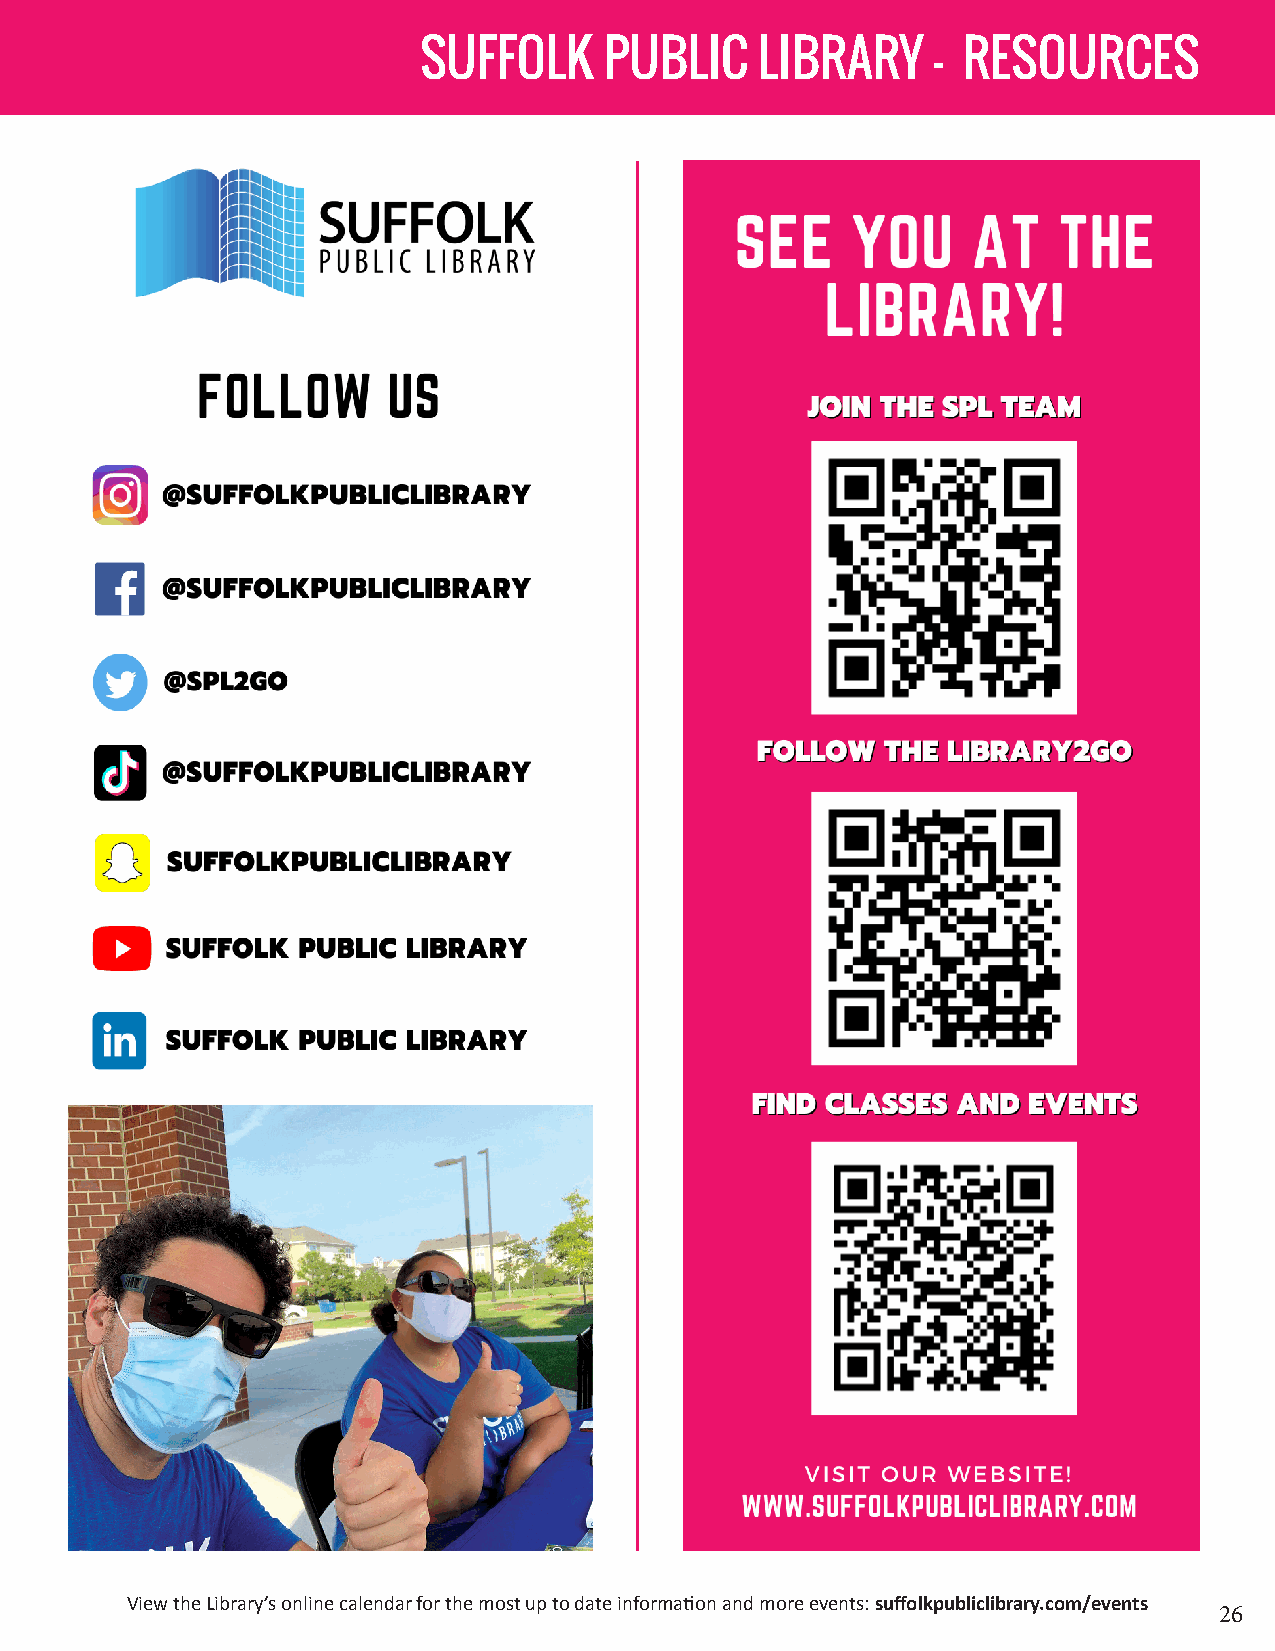
SUFFOLK     PUBLIC    LIBRARY     - RESOURCES
 View the Library’s online calendar for the most up to date information and more events: suffolkpubliclibrary.com/events
 26